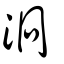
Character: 泂